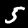
Label: 5